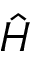
\hat { H }